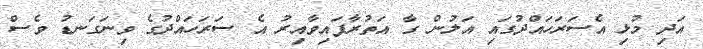
އަދި މުޅި އެސަރަހައްދުގައި އަލުން ގާ އަތުރާފައިވާއިރު އެ ސަރަހައްދުގެ ވިނަގަނޑު ވެސް